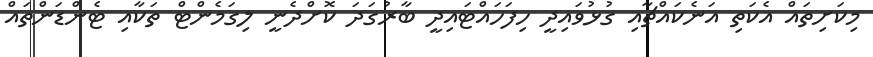
މިކަށިތައް އެކަތި އަނެކައްޗާއި ގުޅުވައިދީ ހިފަހައްޓައިދީ ބާރުގަދަ ކޮށްދެނީ ލިގަމެންޓް ތަކާއި ޓެންޑަންތައް